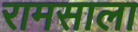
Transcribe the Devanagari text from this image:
रामसाला